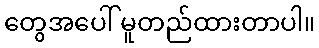
တွေအပေါ် မူတည်ထားတာပါ။